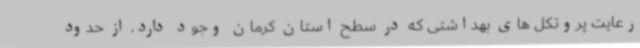
رعایت پروتکل های بهداشتی که در سطح استان کرمان وجود دارد، از حدود